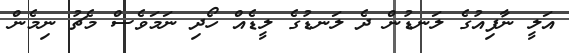
އަލީ ނާފިއުގެ ލަނޑުން ދެ ލަނޑުގެ ލީޑެއް ހޯދި ނަމަވެސް މެޗު ނިމެން